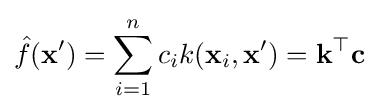
{\hat {f}}(\mathbf {x} ')=\sum _{i=1}^{n}c_{i}k(\mathbf {x} _{i},\mathbf {x} ')=\mathbf {k} ^{\top }\mathbf {c}